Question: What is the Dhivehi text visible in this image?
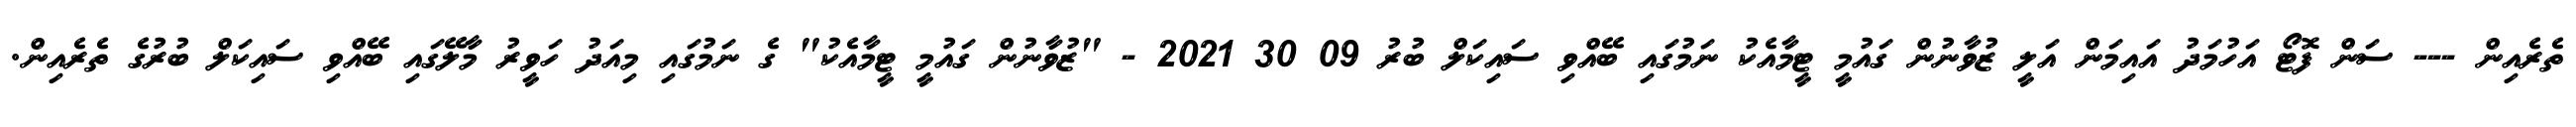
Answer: ތެރެއިން --- ސަން ފޮޓޯ އަހުމަދު އައިމަން އަލީ ޒުވާނުން ގައުމީ ޓީމާއެކު ނަމުގައި ބޭއްވި ސައިކަލް ބުރު 09 30 2021 - "ޒުވާނުން ގައުމީ ޓީމާއެކު" ގެ ނަމުގައި މިއަދު ހަވީރު މާލޭގައި ބޭއްވި ސައިކަލް ބުރުގެ ތެރެއިން.